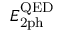
E _ { \mathrm { 2 p h } } ^ { \mathrm { Q E D } }